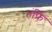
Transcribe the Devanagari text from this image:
हंफ़्रि